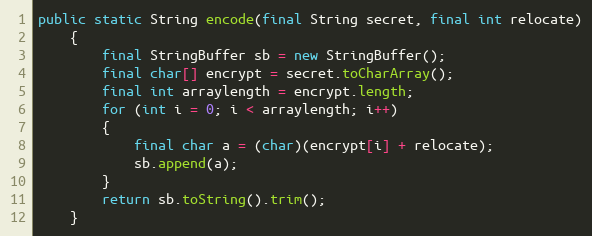
Language: Java
public static String encode(final String secret, final int relocate)
	{
		final StringBuffer sb = new StringBuffer();
		final char[] encrypt = secret.toCharArray();
		final int arraylength = encrypt.length;
		for (int i = 0; i < arraylength; i++)
		{
			final char a = (char)(encrypt[i] + relocate);
			sb.append(a);
		}
		return sb.toString().trim();
	}